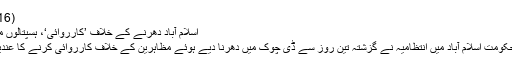
(30.03.2016)
اسلام آباد دھرنے کے خلاف ’کارروائی‘، ہسپتالوں میں ایمر جنسی
پاکستانی دارالحکومت اسلام آباد میں انتظامیہ نے گزشتہ تین روز سے ڈی چوک میں دھرنا دیے ہوئے مظاہرین کے خلاف کارروائی کرنے کا عندیہ دے دیا ہے۔